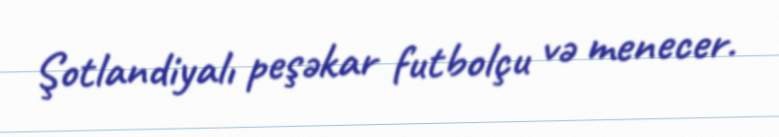
Şotlandiyalı peşəkar futbolçu və menecer.